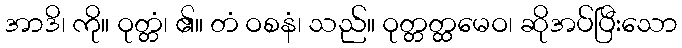
အာဒိ၊ ကို။ ဝုတ္တံ၊ ၏။ တံ ဝစနံ၊ သည်။ ဝုတ္တတ္ထမေဝ၊ ဆိုအပ်ပြီးသော